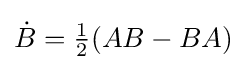
{\textstyle {\dot {B}}={\frac {1}{2}}(AB-BA)}